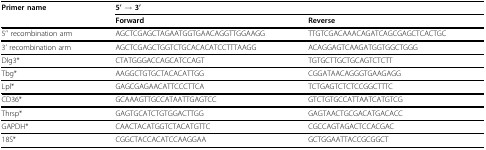
| Primer name | 5' → 3' |  |
 |  | Forward | Reverse |
 | --- | --- | --- |
 | 5'' recombination arm | AGCTCGAGCTAGAATGGTGAACAGGTTGGAAGG | TTGTCGACAAACAGATCAGCGAGCTCACTGC |
 | 3' recombination arm | AGCTCGAGCTGGTCTGCACACATCCTTTAAGG | ACAGGAGTCAAGATGGTGGCTGGG |
 | Dlg3* | CTATGGGACCAGCATCCAGT | TGTGCTTGCTGCAGTCTCTT |
 | Tbg* | AAGGCTGTGCTACACATTGG | CGGATAACAGGGTGAAGAGG |
 | Lpl* | GAGCGAGAACATTCCCTTCA | TCTGAGTCTCTCCGGCTTTC |
 | CD36* | GCAAAGTTGCCATAATTGAGTCC | GTCTGTGCCATTAATCATGTCG |
 | Thrsp* | GAGTGCATCTGTGGACTTGG | GAGTAACTGCGACATGACACC |
 | GAPDH* | CAACTACATGGTCTACATGTTC | CGCCAGTAGACTCCACGAC |
 | 18S* | CGGCTACCACATCCAAGGAA | GCTGGAATTACCGCGGCT |